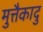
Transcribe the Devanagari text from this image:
मुत्तैकादु